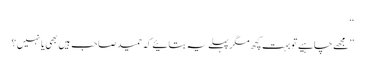
‘‘
’’ مجھے چاہیے تو بہت کچھ مگر پہلے یہ بتائیے کہ حمید صاحب ہیں بھی یا نہیں ؟